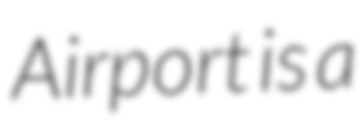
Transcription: Airport is a